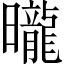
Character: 曨